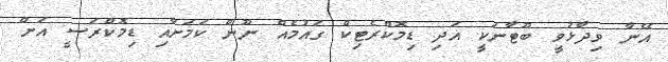
އޭނާ ވިދާޅުވީ ބޫޓާނަކީ އަދި ޑިމޮކްރެޓިކް ގައުމެއް ނޫން ކަމަށާއި ޑިމޮކްރަސީ އަށް